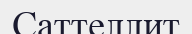
Саттеллит